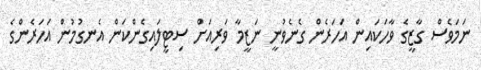
ނަމަވެސް ގާޒީގެ ވާހަކައިން އަހަރެން ގެނެވުނީ ނަޒީމާ ވަރިއަށް ސިޓީލައިގެންކަން އެނގުމުން އަހަރެންގެ